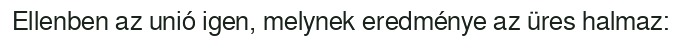
Ellenben az unió igen, melynek eredménye az üres halmaz: